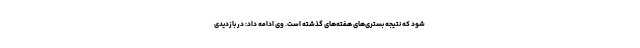
شود که نتیجه بستری‌های هفته‌های گذشته است. وی ادامه داد: در بازدیدی